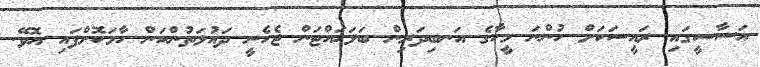
އަސާސީގައި ރައީސަކަށް ހުންނަ މީހާގެ އަނބިދަރިން ބަލަހައްޓަން ޖެހެނީ ދައުލަތުންކަން ހާމަކޮށްފައި އޮވޭ.